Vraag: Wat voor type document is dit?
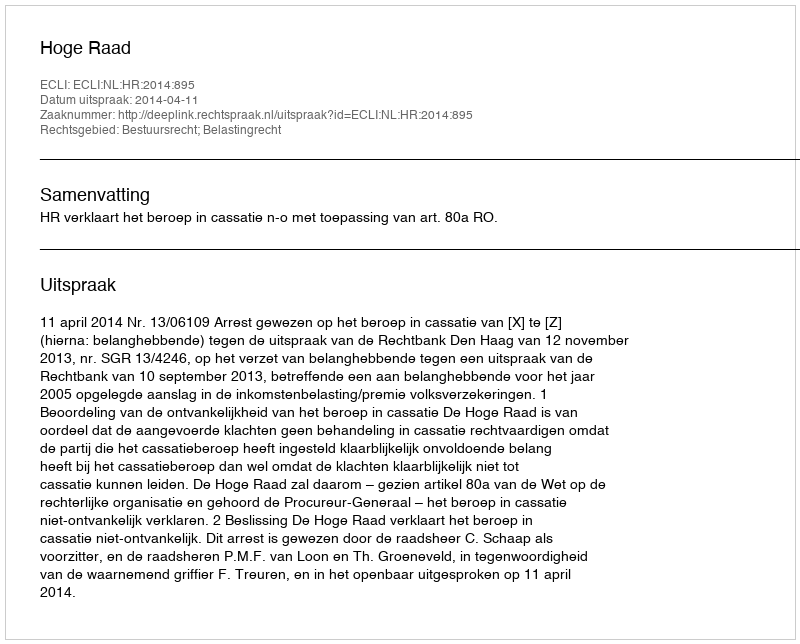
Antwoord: Uitspraak